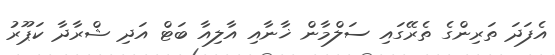
އެފަދަ ތަރިންގެ ތެރޭގައި ސަލްމާން ޚާނާއި އާލިއާ ބަޓް އަދި ޝްރާދާ ކަޕޫރު